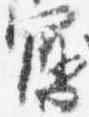
写